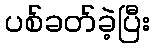
ပစ်ခတ်ခဲ့ပြီး